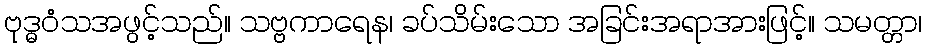
ဗုဒ္ဓဝံသအဖွင့်သည်။ သဗ္ဗကာရေန၊ ခပ်သိမ်းသော အခြင်းအရာအားဖြင့်။ သမတ္တာ၊